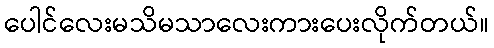
ပေါင်လေးမသိမသာလေးကားပေးလိုက်တယ်။